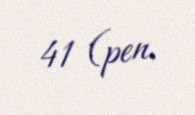
41 (pen.